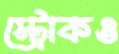
স্ট্রোকও